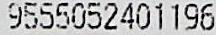
9555052401196